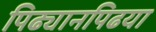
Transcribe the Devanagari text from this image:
पिढ्यानपिढया